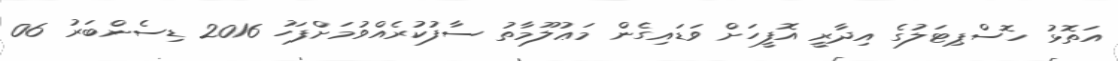
އަތޮޅު ހޮސްޕިޓަލުގެ އިދާރީ އޮފީހަށް ވަޑައިގެން މަޢުލޫމާތު ސާފުކުރެއްވުމަށްފަހު 2016 ޑިސެންބަރު 06